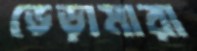
ভেড়ামারা